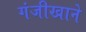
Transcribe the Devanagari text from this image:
गंजीखाने